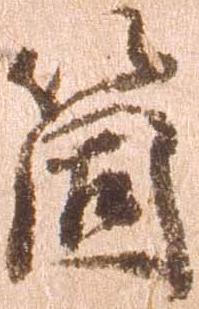
箇